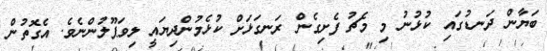
ބަޔާން ދަނޑުގައި ކުޅުނު މި މެޗު ފެށިގެން ރަނގަޅަށް ކުޅެމުންދިޔައީ ލިވަޕޫލުންނެވެ. އެގޮތުން